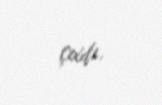
çıxdı.